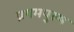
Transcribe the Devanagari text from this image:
प्रथमपुरुष